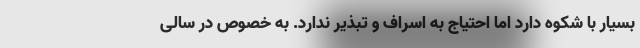
بسیار با شکوه دارد اما احتیاج به اسراف و تبذیر ندارد. به خصوص در سالی